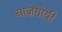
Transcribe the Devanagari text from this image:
बाज़गोयी